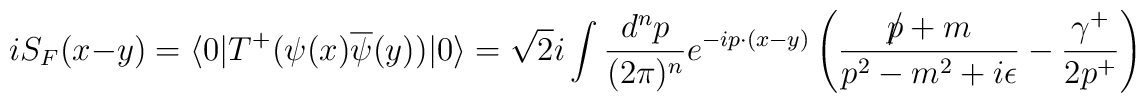
iS_{F}(x-y) = \langle 0|T^{+}(\psi(x)\overline{\psi}(y))|0\rangle = \sqrt{2}i \int \frac{d^{n}p}{(2\pi)^{n}} e^{-ip\cdot (x-y)} \left(\frac{p\!\!\!\slash + m}{p^{2}-m^{2}+i\epsilon} - \frac{\gamma^{+}}{2p^{+}}\right)